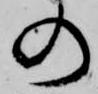
の